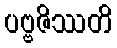
ပဗ္ဗဇိဿတိ